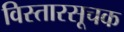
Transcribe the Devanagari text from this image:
विस्तारसूचक